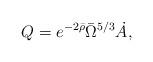
LaTeX: \begin{align*}Q = e^{-2 \bar{\rho}} \bar{\Omega}^{5/3} \dot{A} ,\end{align*}